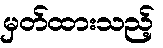
မှတ်ထားသည့်